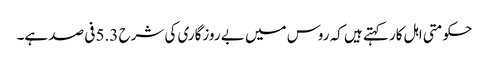
حکومتی اہل کار کہتے ہیں کہ روس میں بے روزگاری کی شرح 5.3 فی صد ہے۔